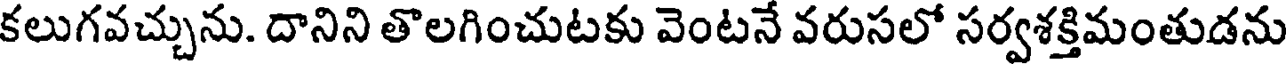
కలుగవచ్చును. దానిని తొలగించుటకు వెంటనే వరుసలో సర్వశక్తిమంతుడను